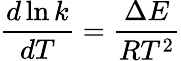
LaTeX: {\frac{d\ln k}{dT}}={\frac{\Delta E}{RT^{2}}}